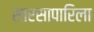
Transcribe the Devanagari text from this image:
सारसापारिला